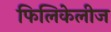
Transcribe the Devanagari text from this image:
फिलिकेलीज